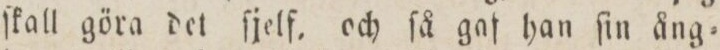
ſkall göra det ſjelf, och ſå gaf han ſin ång=